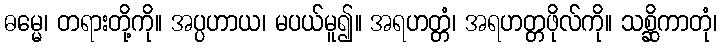
ဓမ္မေ၊ တရားတို့ကို။ အပ္ပဟာယ၊ မပယ်မူ၍။ အရဟတ္တံ၊ အရဟတ္တဖိုလ်ကို။ သစ္ဆိကာတုံ၊